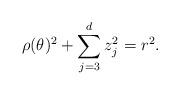
LaTeX: \begin{align*} \rho(\theta)^2+ \sum_{j=3}^{d} z_j^2 = r^2. \end{align*}